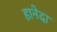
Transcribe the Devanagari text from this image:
हानेदा